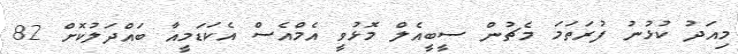
މިއަދު ކުޅުނު ފުރަތަމަ މެޗުން ސީބީއެލް މޮޅުވީ އެމްއެސް އެކަޑަމީއާ ބައްދަލުކޮށް 82